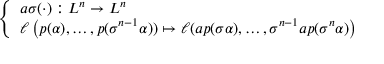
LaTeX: \left\{ \begin{array} { l l } { a \sigma ( \cdot ) : L ^ { n } \to L ^ { n } } \\ { \ell \left( p ( \alpha ) , \ldots , p ( \sigma ^ { n - 1 } \alpha ) ) \mapsto \ell ( a p ( \sigma \alpha ) , \ldots , \sigma ^ { n - 1 } a p ( \sigma ^ { n } \alpha ) \right) } \end{array} \right.